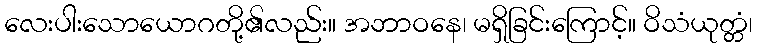
လေးပါးသောယောဂတို့၏လည်း။ အဘာဝနေ၊ မရှိခြင်းကြောင့်။ ဝိသံယုတ္တံ၊